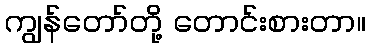
ကျွန်တော်တို့ တောင်းစားတာ။